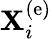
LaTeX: {\mathbf X}_{i}^{\left(\mathrm{e}\right)}